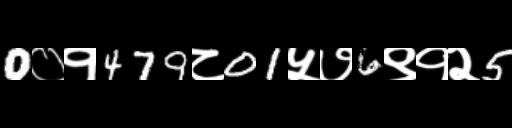
Text: 0०१479८01५७6९१२5